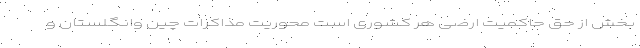
بخش از حق حاکمیت ارضی هر کشوری است محوریت مذاکرات چین وانگلستان و